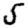
Digit: 5